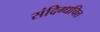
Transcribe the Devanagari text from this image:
संदिग्धचित्त